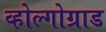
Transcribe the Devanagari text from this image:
व्होल्गोग्राड